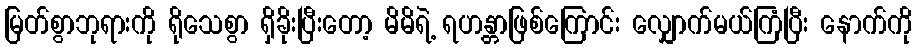
မြတ်စွာဘုရားကို ရိုသေစွာ ရှိခိုးပြီးတော့ မိမိရဲ့ ရဟန္တာဖြစ်ကြောင်း လျှောက်မယ်ကြံပြီး နောက်ကို